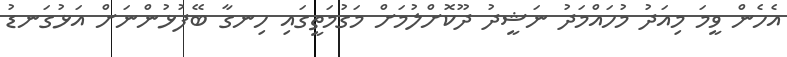
އެހެން ވީމަ މިއަދު މުހައްމަދު ނަޝީދު ދޫކޮށްލުމަށް މަގުމަތީގައި ހިނގާ ބޭފުޅުންނަށް އަޅުގަނޑު